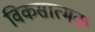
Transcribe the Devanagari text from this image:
विकसात्मक